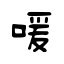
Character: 喛